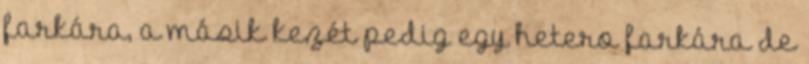
farkára, a másik kezét pedig egy hetero farkára de